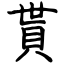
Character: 貰